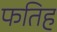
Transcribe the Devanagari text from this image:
फतिह